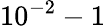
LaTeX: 10^{-2}-1